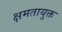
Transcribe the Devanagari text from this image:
क्षमतायुक्त